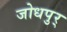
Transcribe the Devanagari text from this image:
जोधपुर्